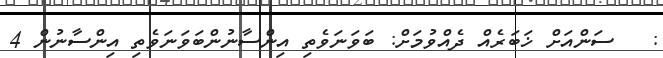
:   ސަންއަށް ޚަބަރެއް ދެއްވުމަށް: ބަވަނަވެތި އިންސާނުންބަވަނަވެތި އިންސާނުން 4